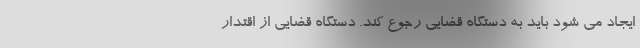
ایجاد می شود باید به دستگاه قضایی رجوع کند. دستگاه قضایی از اقتدار